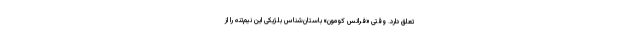
تعلق دارد. وقتی «فرانس کومون» باستان‌شناس بلژیکی این نیم‌تنه را از